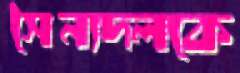
সৈন্যদলকে